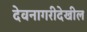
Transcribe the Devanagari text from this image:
देवनागरीदेखील